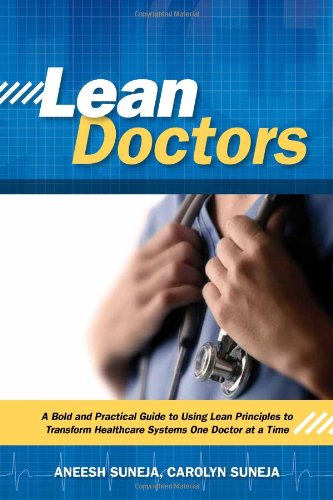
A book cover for Lean Doctors: A Bold and Practical Guide to Using Lean Principles to Transform Healthcare Systems, One Doctor at a Time; Aneesh Suneja with Carolyn Suneja; Medical Books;